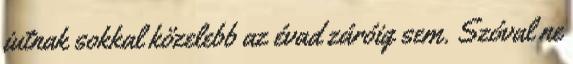
jutnak sokkal közelebb az évad záróig sem. Szóval ne